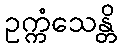
ဥက္ကံသေန္တိ